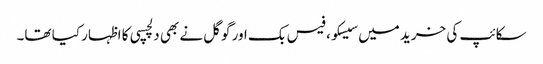
سکائپ کی خرید میں سیسکو، فیس بک اور گوگل نے بھی دلچسپی کا اظہار کیا تھا۔